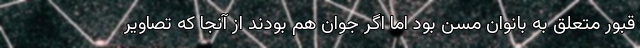
قبور متعلق به بانوان مسن بود اما اگر جوان هم بودند از آنجا که تصاویر